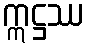
ဣဋ္ဌဿ